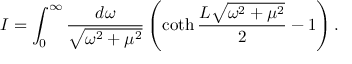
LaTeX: I = \int _ { 0 } ^ { \infty } \frac { d \omega } { \sqrt { \omega ^ { 2 } + \mu ^ { 2 } } } \left( \coth \frac { L \sqrt { \omega ^ { 2 } + \mu ^ { 2 } } } 2 - 1 \right) .